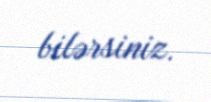
bilərsiniz.